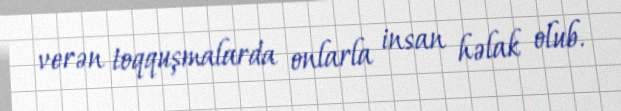
verən toqquşmalarda onlarla insan həlak olub.